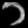
Digit: ၁